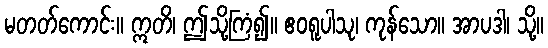
မတတ်ကောင်း။ ဣတိ၊ ဤသို့ကြံ၍။ ဧဝရူပါသု၊ ကုန်သော။ အာပဒါ၊ သို့။